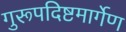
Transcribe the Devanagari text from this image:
गुरूपदिष्टमार्गेण